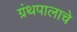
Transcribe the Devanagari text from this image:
ग्रंथपालाचे